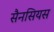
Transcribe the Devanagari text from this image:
सैनसियस